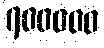
၇၀၀၀၀၀